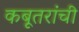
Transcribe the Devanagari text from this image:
कबूतरांची